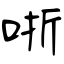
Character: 哳